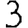
Digit: 3